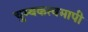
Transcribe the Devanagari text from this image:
चुम्बकत्वमापी